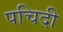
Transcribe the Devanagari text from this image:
पचिदी